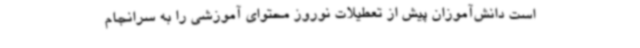
است دانش‌آموزان پیش از تعطیلات نوروز محتوای آموزشی را به سرانجام